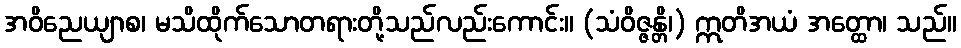
အဝိညေယျာစ၊ မသိထိုက်သောတရားတို့သည်လည်းကောင်း။ (သံဝိဇ္ဇန္တိ၊) ဣတိအယံ အတ္ထော၊ သည်။